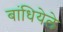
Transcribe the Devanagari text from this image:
बांधियेले